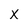
Character: X